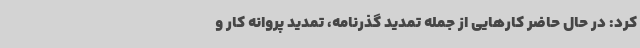
کرد: در حال حاضر کارهایی از جمله تمدید گذرنامه، تمدید پروانه کار و